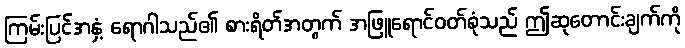
ကြမ်းပြင်အနှံ့ ရောဂါသည်၏ စားရိတ်အတွက် အဖြူရောင်ဝတ်စုံသည် ဤဆုတောင်းချက်ကို